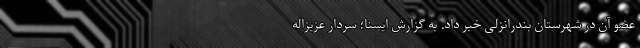
عضو آن در شهرستان بندرانزلی خبر داد. به گزارش ایسنا؛ سردار عزیزاله